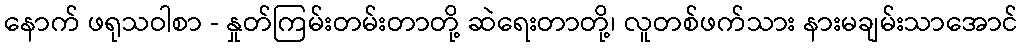
နောက် ဖရုသဝါစာ - နှုတ်ကြမ်းတမ်းတာတို့ ဆဲရေးတာတို့၊ လူတစ်ဖက်သား နားမချမ်းသာအောင်